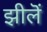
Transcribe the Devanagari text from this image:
झीलॆं